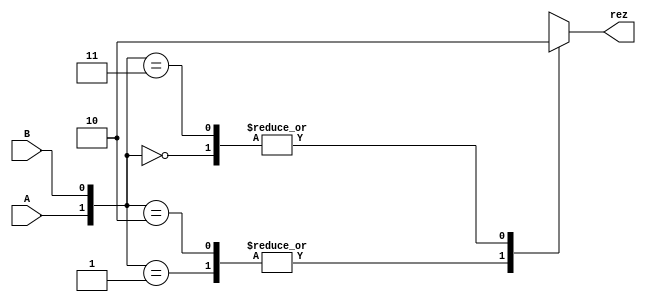
`timescale 1ns / 1ps
//////////////////////////////////////////////////////////////////////////////////
// Company: 
// Engineer: 
// 
// Design Name: 
// Module Name: XOR
// Project Name: 
// Target Devices: 
// Tool Versions: 
// Description: 
// 
// Dependencies: 
// 
// Revision:
// Revision 0.01 - File Created
// Additional Comments:
// 
//////////////////////////////////////////////////////////////////////////////////


// xor edhe pse o built in primitive..
module XOR(
        input A,
        input B,
        output reg rez
    );
    always @* begin
    case({A,B})
        2'b00: rez = 1'b0;
        2'b01: rez = 1'b1;
        2'b10: rez = 1'b1;
        2'b11: rez = 1'b0;
    endcase
    end
endmodule